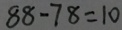
8 8 - 7 8 = 1 0